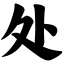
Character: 处